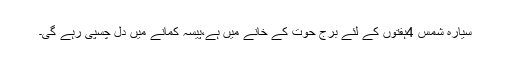
سیارہ شمس 4ہفتوں کے لئے برج حوت کے خانے میں ہے،پیسہ کمانے میں دل چسپی رہے گی۔